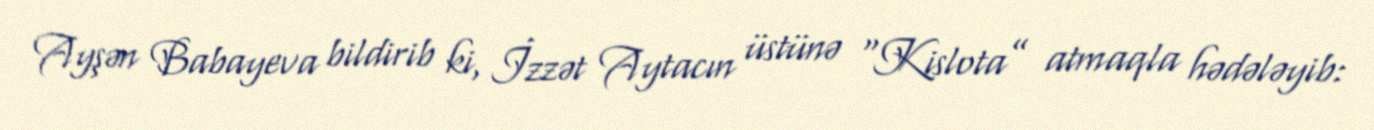
Ayşən Babayeva bildirib ki, İzzət Aytacın üstünə “Kislota” atmaqla hədələyib: